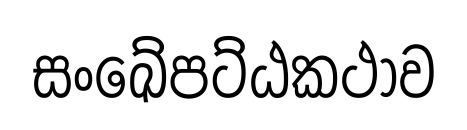
සංඛේපට්ඨකථාව